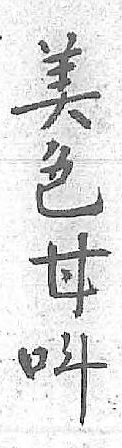
美呌色 甘